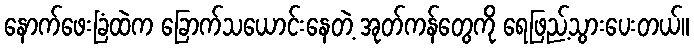
နောက်ဖေးခြံထဲက ခြောက်သယောင်းနေတဲ့ အုတ်ကန်တွေကို ရေဖြည့်သွားပေးတယ်။